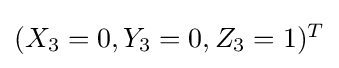
{\textstyle (X_{3}=0,Y_{3}=0,Z_{3}=1)^{T}}